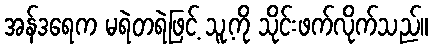
အန်ဒရေက မရဲတရဲဖြင့် သူ့ကို သိုင်းဖက်လိုက်သည်။